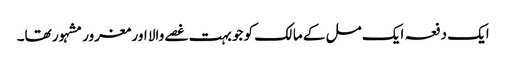
ایک دفعہ ایک مل کے مالک کو جو بہت غصے والا اور مغرور مشہور تھا۔